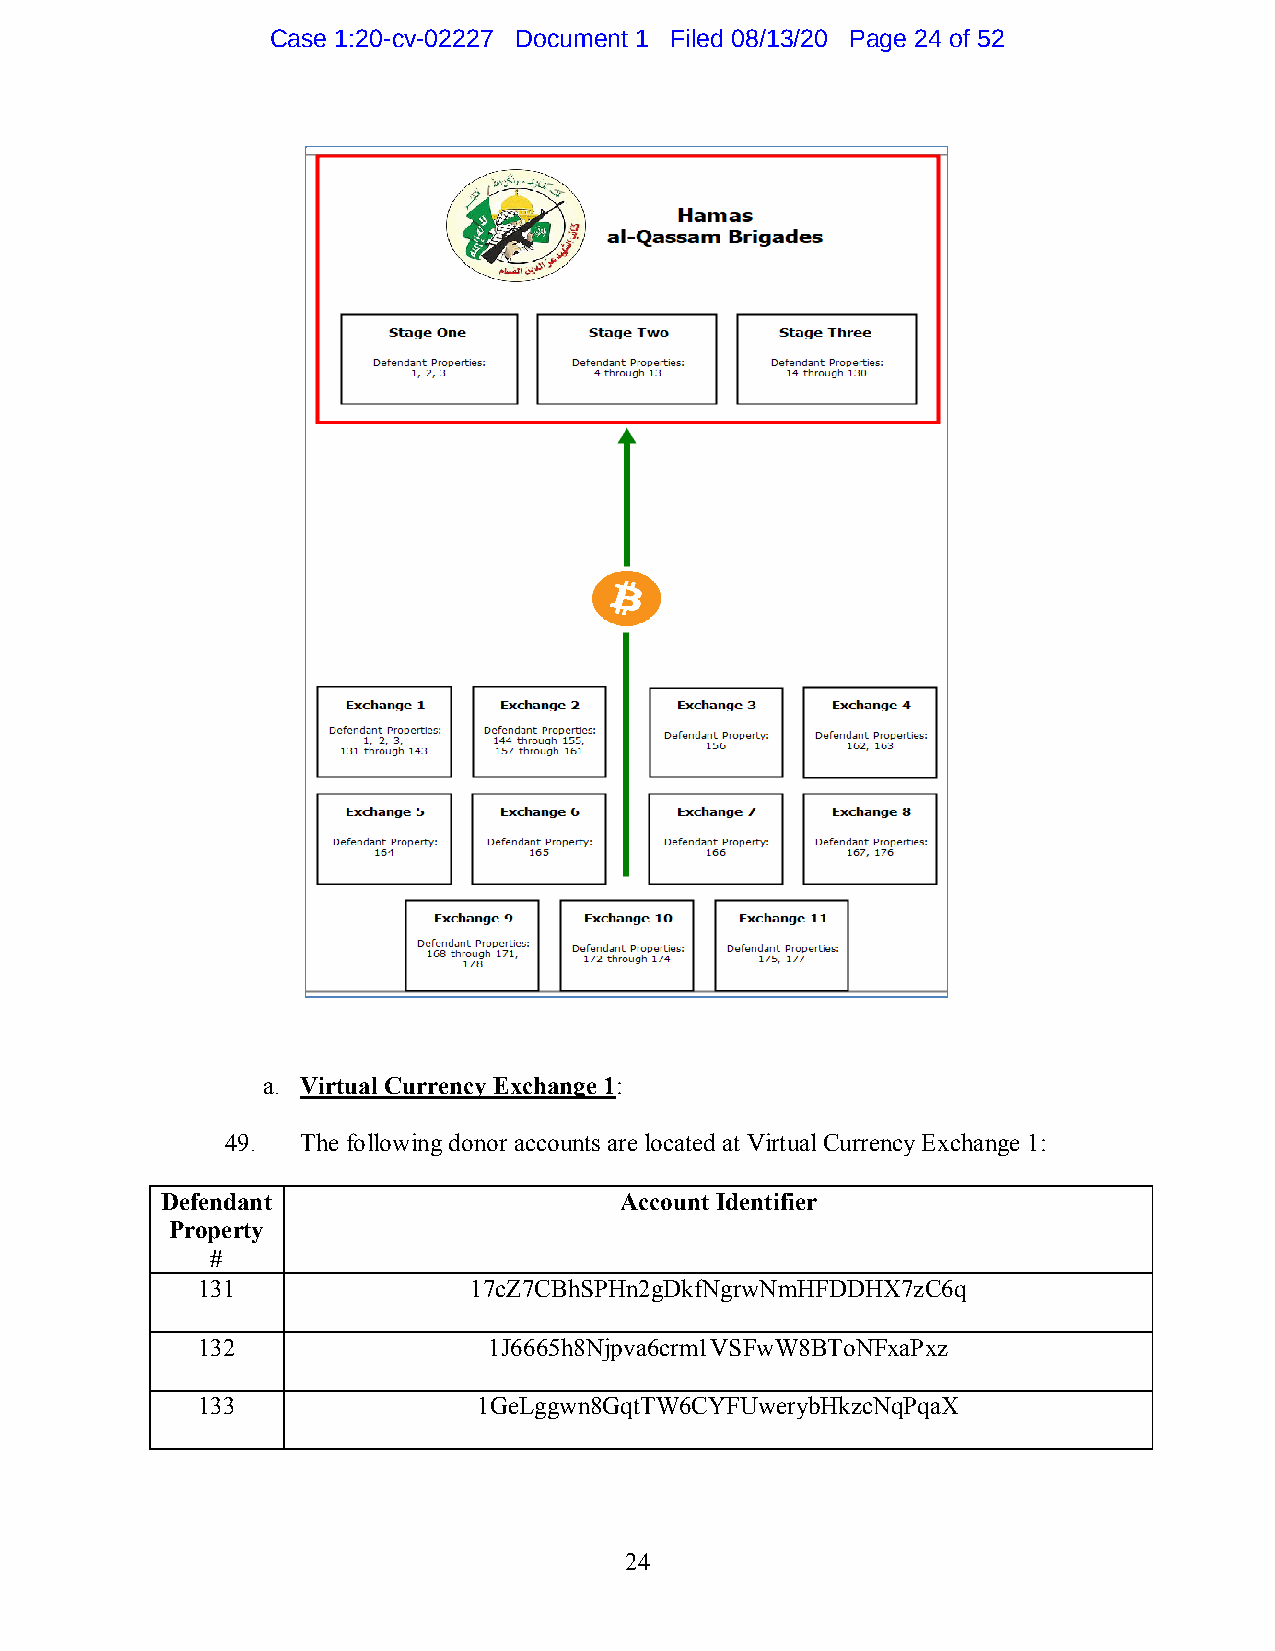
Case 1:20-cv-02227 Document 1 Filed 08/13/20 Page 24 of 52
 a. Virtual Currency Exchange 1:
 49.  The following donor accounts are located at Virtual Currency Exchange 1:
 Defendant                     Account Identifier
 Property
 #
 131               17cZ7CBhSPHn2gDkfNgrwNmHFDDHX7zC6q
 132                1J6665h8Njpva6crm1VSFwW8BToNFxaPxz
 133                1GeLggwn8GqtTW6CYFUwerybHkzcNqPqaX
 24